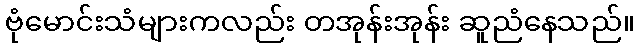
ဗုံမောင်းသံများကလည်း တအုန်းအုန်း ဆူညံနေသည်။